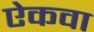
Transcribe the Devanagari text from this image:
ऐकवा